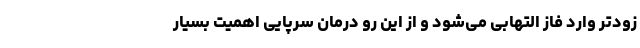
زودتر وارد فاز التهابی می‌شود و از این رو درمان سرپایی اهمیت بسیار